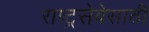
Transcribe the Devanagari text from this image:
राष्ट्रसेवेसाठी